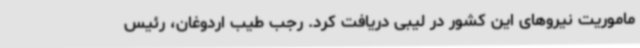
ماموریت نیروهای این کشور در لیبی دریافت کرد. رجب طیب اردوغان، رئیس